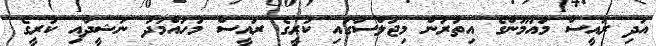
އަދި ރައީސް މައުމޫންގެ އިތުރުން މިޖަލްސާގައި ކުރީގެ ރައީސް މުހައްމަދު ނަޝީދާއި ކުރީގެ